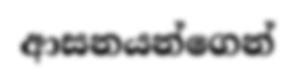
ආසනයන්ගෙන්